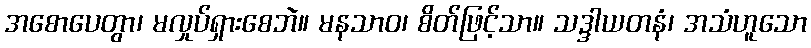
အစောပေတွာ၊ မလှုပ်ရှားစေဘဲ။ မနသာဝ၊ စိတ်ဖြင့်သာ။ သဒ္ဒါယတနံ၊ အသံဟူသော